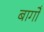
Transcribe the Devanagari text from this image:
बागोँ